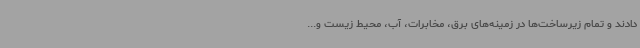
دادند و تمام زیرساخت‌ها در زمینه‌های برق، مخابرات، آب، محیط زیست و...